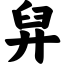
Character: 舁